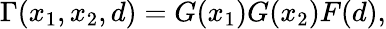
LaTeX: \Gamma(x_{1},x_{2},d)=G(x_{1})G(x_{2})F(d),